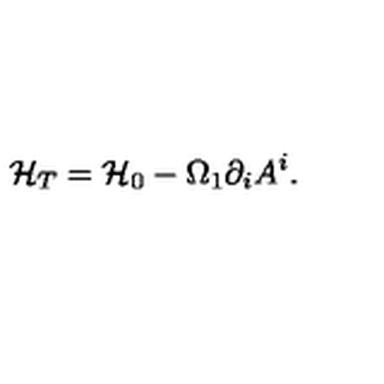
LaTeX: { \cal H } _ { T } = { \cal H } _ { 0 } - \Omega _ { 1 } \partial _ { i } A ^ { i } .